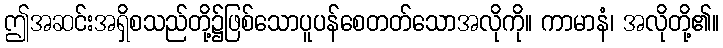
ဤအဆင်းအရှိစသည်တို့၌ဖြစ်သောပူပန်စေတတ်သောအလိုကို။ ကာမာနံ၊ အလိုတို့၏။